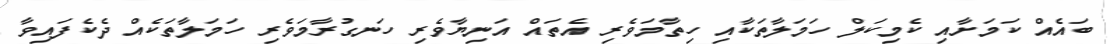
ބައެއް ކަމަށާއި ކެމިކަލް ހަމަލާތަކާއި ހިތާމަވެރި އެތައް އަނިޔާވެރި ހަނގުރާމަވެރި ހަމަލާތަކެއް ދެކެފައިވާ